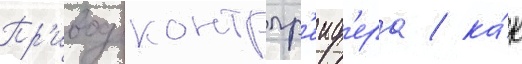
Пр'ивод контргр'еиф'ера / ка́к